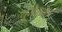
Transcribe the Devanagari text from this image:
युरोस्पोर्ट